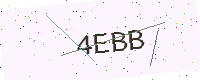
Text: 4EBB